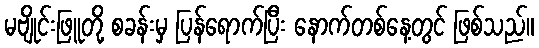
မဗျိုင်းဖြူတို့ စခန်းမှ ပြန်ရောက်ပြီး နောက်တစ်နေ့တွင် ဖြစ်သည်။